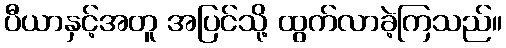
ပီယာနှင့်အတူ အပြင်သို့ ထွက်လာခဲ့ကြသည်။